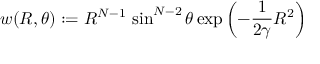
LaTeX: w ( R , \theta ) : = R ^ { N - 1 } \, \sin ^ { N - 2 } \theta \exp \left( - \frac { 1 } { 2 \gamma } R ^ { 2 } \right)